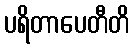
ပရိတာပေတီတိ